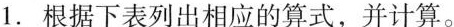
1. 根据下表列出相应的算式，并计算。